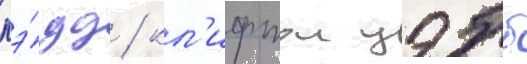
лэ́дд / кл'ифтон уэбб